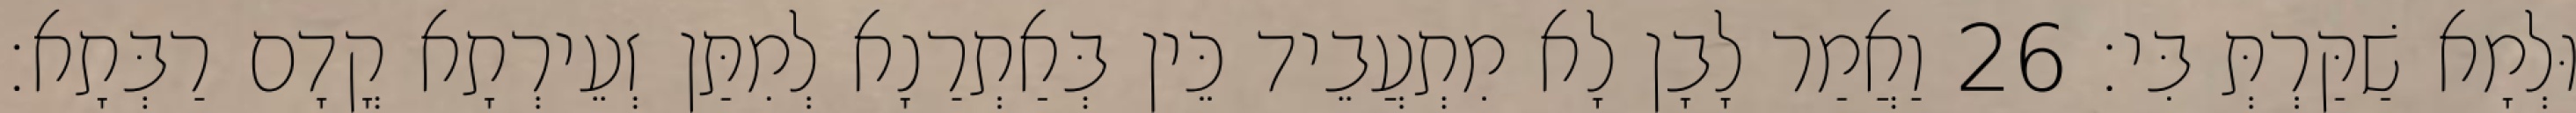
וּלְמָא שַׁקַּרְתְּ בִּי׃ 26 וַאֲמַר לָבָן לָא מִתְעֲבֵיד כֵּין בְּאַתְרַנָא לְמִתַּן זְעֵירְתָא קֳדָם רַבְּתָא׃